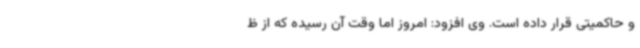
و حاکمیتی قرار داده است. وی افزود: امروز اما وقت آن رسیده که از ظ